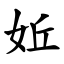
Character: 㚱